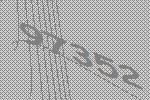
97352